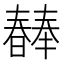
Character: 𣋕